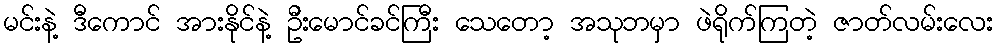
မင်းနဲ့ ဒီကောင် အားနိုင်နဲ့ ဦးမောင်ခင်ကြီး သေတော့ အသုဘမှာ ဖဲရိုက်ကြတဲ့ ဇာတ်လမ်းလေး